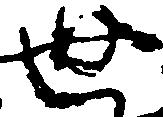
世